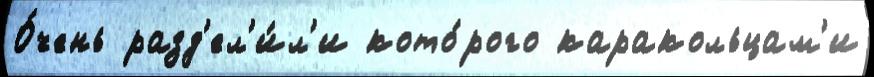
О́чень разд'ел'и́л'и кото́рого каракольцам'и